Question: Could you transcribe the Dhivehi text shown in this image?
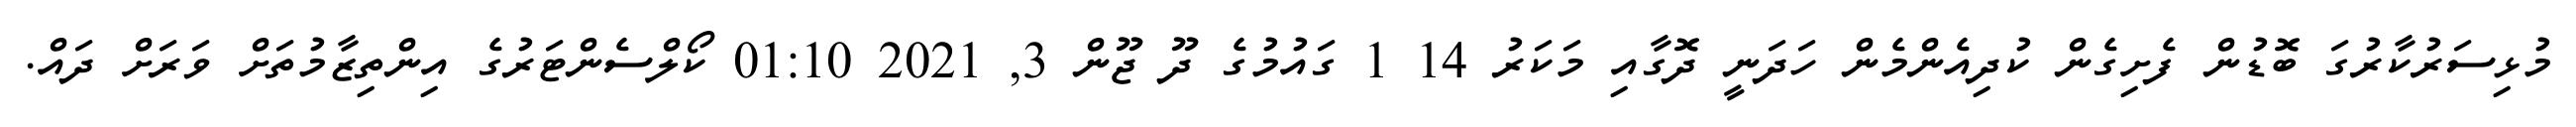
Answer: މުޅިސަރުކާރުގަ ބޮޑުން ފެށިގެން ކުދިއެންމެން ހަދަނީ ދޮގާއި މަކަރު 14 1 ގައުމުގެ ދޫ ޖޫން 3, 2021 01:10 ކޯލްސެންޓަރުގެ އިންތިޒާމުތަށް ވަރަށް ދައް.